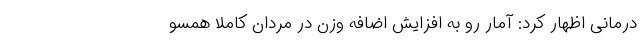
درمانی اظهار کرد: آمار رو به افزایش اضافه وزن در مردان کاملا همسو